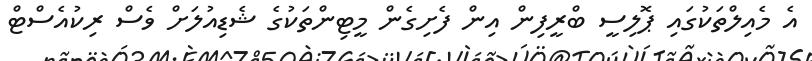
އެ މެއިލްތަކުގައި ޕޮލިސީ ބްރީފިން އިން ފެށިގެން މީޓިންތަކުގެ ޝެޑިއުލަށް ވެސް ރިކުއެސްޓް